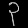
Digit: ၃